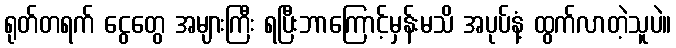
ရုတ်တရက် ငွေတွေ အများကြီး ရပြီးဘာကြောင့်မှန်းမသိ အပုပ်နံ့ ထွက်လာတဲ့သူပဲ။